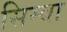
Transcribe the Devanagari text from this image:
सिम्बा